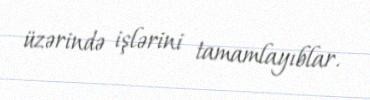
üzərində işlərini tamamlayıblar.